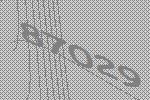
87029